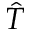
\hat { T }